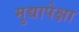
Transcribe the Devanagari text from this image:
मुद्यापेक्षा